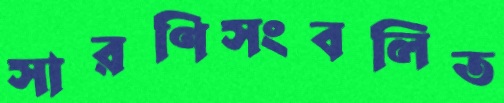
সারণিসংবলিত